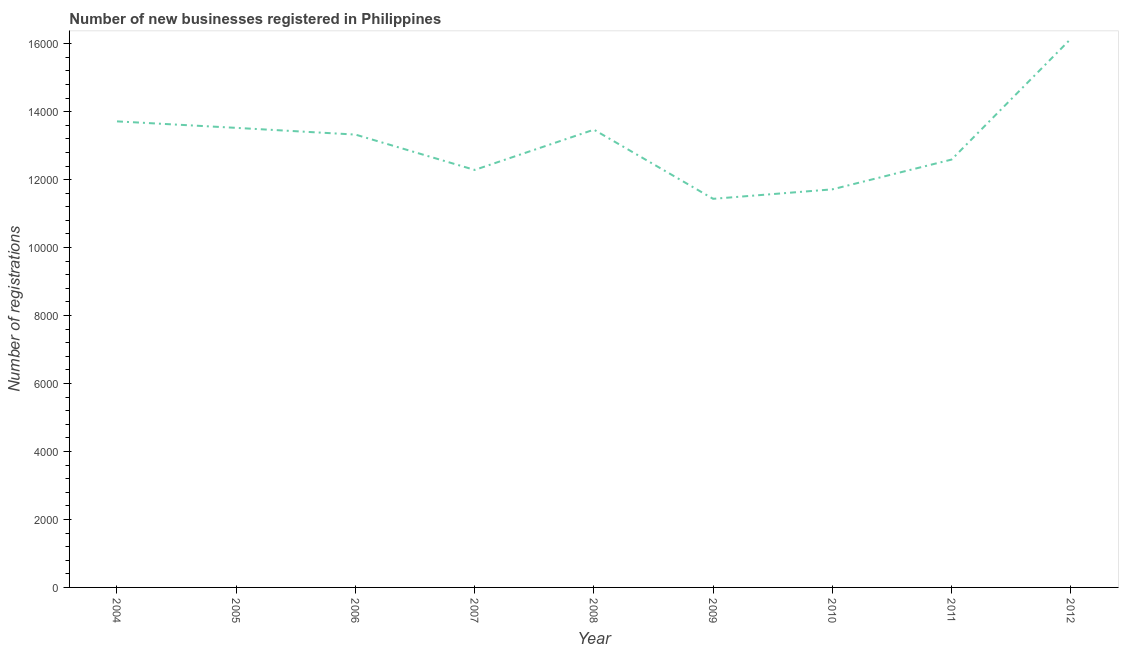
| Year | New businesses |
 | --- | --- |
 | 2004 | 1.37e+04 |
 | 2005 | 1.35e+04 |
 | 2006 | 1.33e+04 |
 | 2007 | 1.23e+04 |
 | 2008 | 1.35e+04 |
 | 2009 | 1.14e+04 |
 | 2010 | 1.17e+04 |
 | 2011 | 1.26e+04 |
 | 2012 | 1.61e+04 |